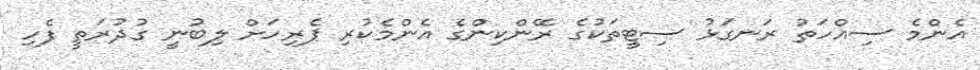
އެންމެ ސިއްހަތު ރަނގަޅު ސިޓީތަކުގެ ރޭންކިންގެ އެންމެކުރި ޕެރިހަށް ލިބުނީ ގުދުރަތީ ފެހި